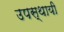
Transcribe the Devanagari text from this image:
उपस्थायी